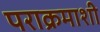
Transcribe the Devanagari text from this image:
पराक्रमाशी